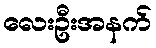
လေးဦးအနက်